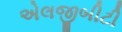
એલજીબીટી